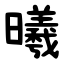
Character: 曦